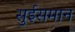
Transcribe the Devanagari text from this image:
सुईसमान